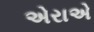
એરાએ